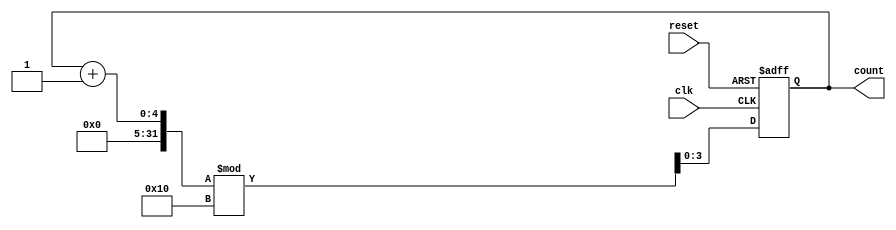
module binary_counter #(
    parameter N = 4  // Number of bits (adjust as needed)
) (
    input wire clk,      // Clock signal
    input wire reset,    // Asynchronous reset signal
    output reg [N-1:0] count // Current state output
);

// State transition logic
always @(posedge clk or posedge reset) begin
    if (reset) begin
        count <= 0; // Reset the counter to 0
    end else begin
        count <= (count + 1) % (1 << N); // Increment and wrap around
    end
end

endmodule